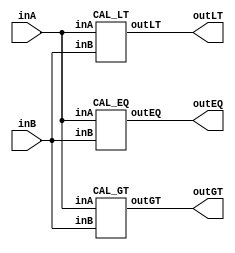
/* CSED273 lab2 experiment 1 */
/* lab2_1.v */

/* Unsimplifed equation
 * You are allowed to use keword "assign" and operator "&","|","~",
 * or just implement with gate-level-modeling (and, or, not) */
module lab2_1(
    output wire outGT, outEQ, outLT,
    input wire [1:0] inA,
    input wire [1:0] inB
    );

    CAL_GT cal_gt(outGT, inA, inB);
    CAL_EQ cal_eq(outEQ, inA, inB);
    CAL_LT cal_lt(outLT, inA, inB);
    
endmodule

/* Implement output about "A>B" */
module CAL_GT(
    output wire outGT,
    input wire [1:0] inA,
    input wire [1:0] inB
    );

    ////////////////////////
    wire A_1, A_0, B_1, B_0;
    wire tmp1, tmp2, tmp3, tmp4, tmp5, tmp6;

    assign A_1 = inA[1];
    assign A_0 = inA[0];
    assign B_1 = inB[1];
    assign B_0 = inB[0];

    and(tmp1, ~A_1, A_0, ~B_1, ~B_0);
    and(tmp2, A_1, A_0, ~B_1, ~B_0);
    and(tmp3, A_1, A_0, ~B_1, B_0);
    and(tmp4, A_1, A_0, B_1, ~B_0);
    and(tmp5, A_1, ~A_0, ~B_1, ~B_0);
    and(tmp6, A_1, ~A_0, ~B_1, B_0);

    or(outGT, tmp1, tmp2, tmp3, tmp4, tmp5, tmp6);
    ////////////////////////

endmodule

/* Implement output about "A=B" */
module CAL_EQ(
    output wire outEQ,
    input wire [1:0] inA, 
    input wire [1:0] inB
    );

    ////////////////////////
    wire A_1, A_0, B_1, B_0;
    wire tmp1, tmp2, tmp3, tmp4;

    assign A_1 = inA[1];
    assign A_0 = inA[0];
    assign B_1 = inB[1];
    assign B_0 = inB[0];

    and(tmp1, ~A_1, ~A_0, ~B_1, ~B_0);
    and(tmp2, ~A_1, A_0, ~B_1, B_0);
    and(tmp3, A_1, A_0, B_1, B_0);
    and(tmp4, A_1, ~A_0, B_1, ~B_0);
    
    or(outEQ, tmp1, tmp2, tmp3, tmp4);
    ////////////////////////

endmodule

/* Implement output about "A<B" */
module CAL_LT(
    output wire outLT,
    input wire [1:0] inA, 
    input wire [1:0] inB
    );

    ////////////////////////
    wire A_1, A_0, B_1, B_0;
    wire tmp1, tmp2, tmp3, tmp4, tmp5, tmp6;

    assign A_1 = inA[1];
    assign A_0 = inA[0];
    assign B_1 = inB[1];
    assign B_0 = inB[0];

    and(tmp1, ~A_1, ~A_0, ~B_1, B_0);
    and(tmp2, ~A_1, ~A_0, B_1, B_0);
    and(tmp3, ~A_1, ~A_0, B_1, ~B_0);
    and(tmp4, ~A_1, A_0, B_1, B_0);
    and(tmp5, ~A_1, A_0, B_1, ~B_0);
    and(tmp6, A_1, ~A_0, B_1, B_0);

    or(outLT, tmp1, tmp2, tmp3, tmp4, tmp5, tmp6);
    ////////////////////////

endmodule